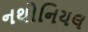
નથોનિયલ